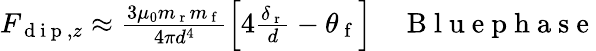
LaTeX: \begin{array}{r}{F_{\mathrm{~d~i~p~},z}\approx\frac{3\mu_{0}m_{\mathrm{~r~}}m_{\mathrm{~f~}}}{4\pi d^{4}}\left[4\frac{\delta_{\mathrm{~r~}}}{d}-\theta_{\mathrm{~f~}}\right]\quad\mathrm{~B~l~u~e~p~h~a~s~e~}}\end{array}